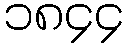
၁၈၄၄